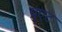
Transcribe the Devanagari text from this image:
प्रुएट